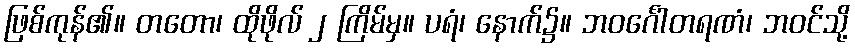
ဖြစ်ကုန်၏။ တတော၊ ထိုဖိုလ် ၂ ကြိမ်မှ။ ပရံ၊ နောက်၌။ ဘဝင်္ဂေါတရဏံ၊ ဘဝင်သို့